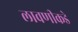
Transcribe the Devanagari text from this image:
लावणीकडे